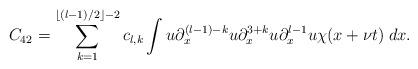
LaTeX: \begin{align*} C_{42}= \sum_{k=1}^{\lfloor (l-1)/2\rfloor-2} c_{l,k}\int u\partial_x^{(l-1)-k}u\partial_x^{3+k}u\partial_x^{l-1}u\chi(x+\nu t) \; dx.\end{align*}